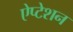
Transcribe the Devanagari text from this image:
ऐप्टेशन